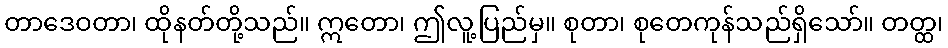
တာဒေဝတာ၊ ထိုနတ်တို့သည်။ ဣတော၊ ဤလူ့ပြည်မှ။ စုတာ၊ စုတေကုန်သည်ရှိသော်။ တတ္ထ၊